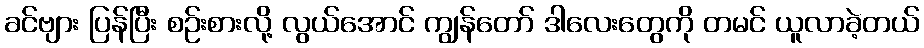
ခင်ဗျား ပြန်ပြီး စဉ်းစားလို့ လွယ်အောင် ကျွန်တော် ဒါလေးတွေကို တမင် ယူလာခဲ့တယ်